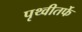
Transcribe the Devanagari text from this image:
पृथ्वीतर्फे